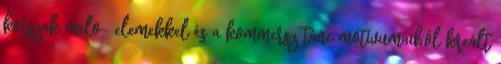
korszak melo- elemekkel és a kommersz tánc motívumaiból kreált